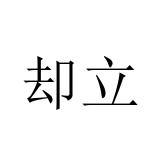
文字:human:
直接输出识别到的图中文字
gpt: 却立